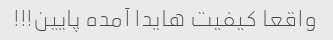
واقعا کیفیت هایدا آمده پایین!!!